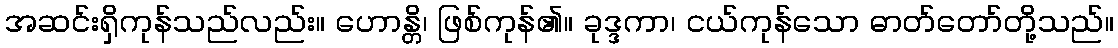
အဆင်းရှိကုန်သည်လည်း။ ဟောန္တိ၊ ဖြစ်ကုန်၏။ ခုဒ္ဒကာ၊ ငယ်ကုန်သော ဓာတ်တော်တို့သည်။